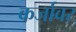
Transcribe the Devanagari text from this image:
कर्जावर